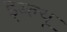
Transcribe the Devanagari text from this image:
ड्ब्ल्यू